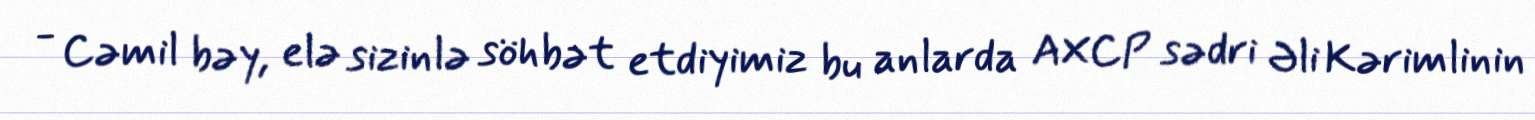
- Cəmil bəy, elə sizinlə söhbət etdiyimiz bu anlarda AXCP sədri Əli Kərimlinin